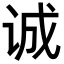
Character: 诚